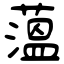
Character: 薀